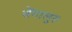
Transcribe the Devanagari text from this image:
बेंगालुरु